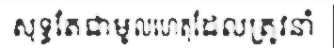
សុទ្ធតែជាមូលហេតុដែលត្រូវនាំ